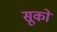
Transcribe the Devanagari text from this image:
सूकों